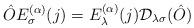
LaTeX: \begin{align*}\hat OE_\sigma ^{(\alpha )}(j)=E_\lambda ^{(\alpha )}(j){\cal D}_{\lambda\sigma }(\hat O)\end{align*}